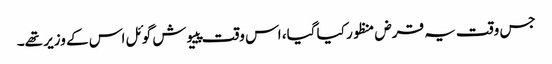
جس وقت یہ قرض منظور کیا گیا، اس وقت پییوش گوئل اس کے وزیر تھے۔